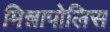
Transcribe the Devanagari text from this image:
मिन्नापोलिस